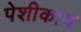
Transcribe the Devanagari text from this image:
पेशीकाय